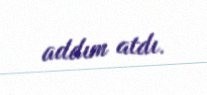
addım atdı.